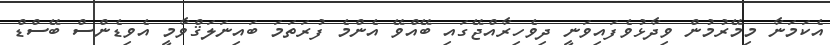
އެކަމަނާ މިމޭރުމުން ވިދާޅުވެފައިވަނީ ދިވެހިރާއްޖޭގައި ބޭއްވޭ އެންމެ ފުރަތަމަ ބައިނަލަޤްވާމީ އެވިޑެންސް ބޭސްޑް